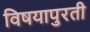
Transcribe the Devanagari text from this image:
विषयापुरती